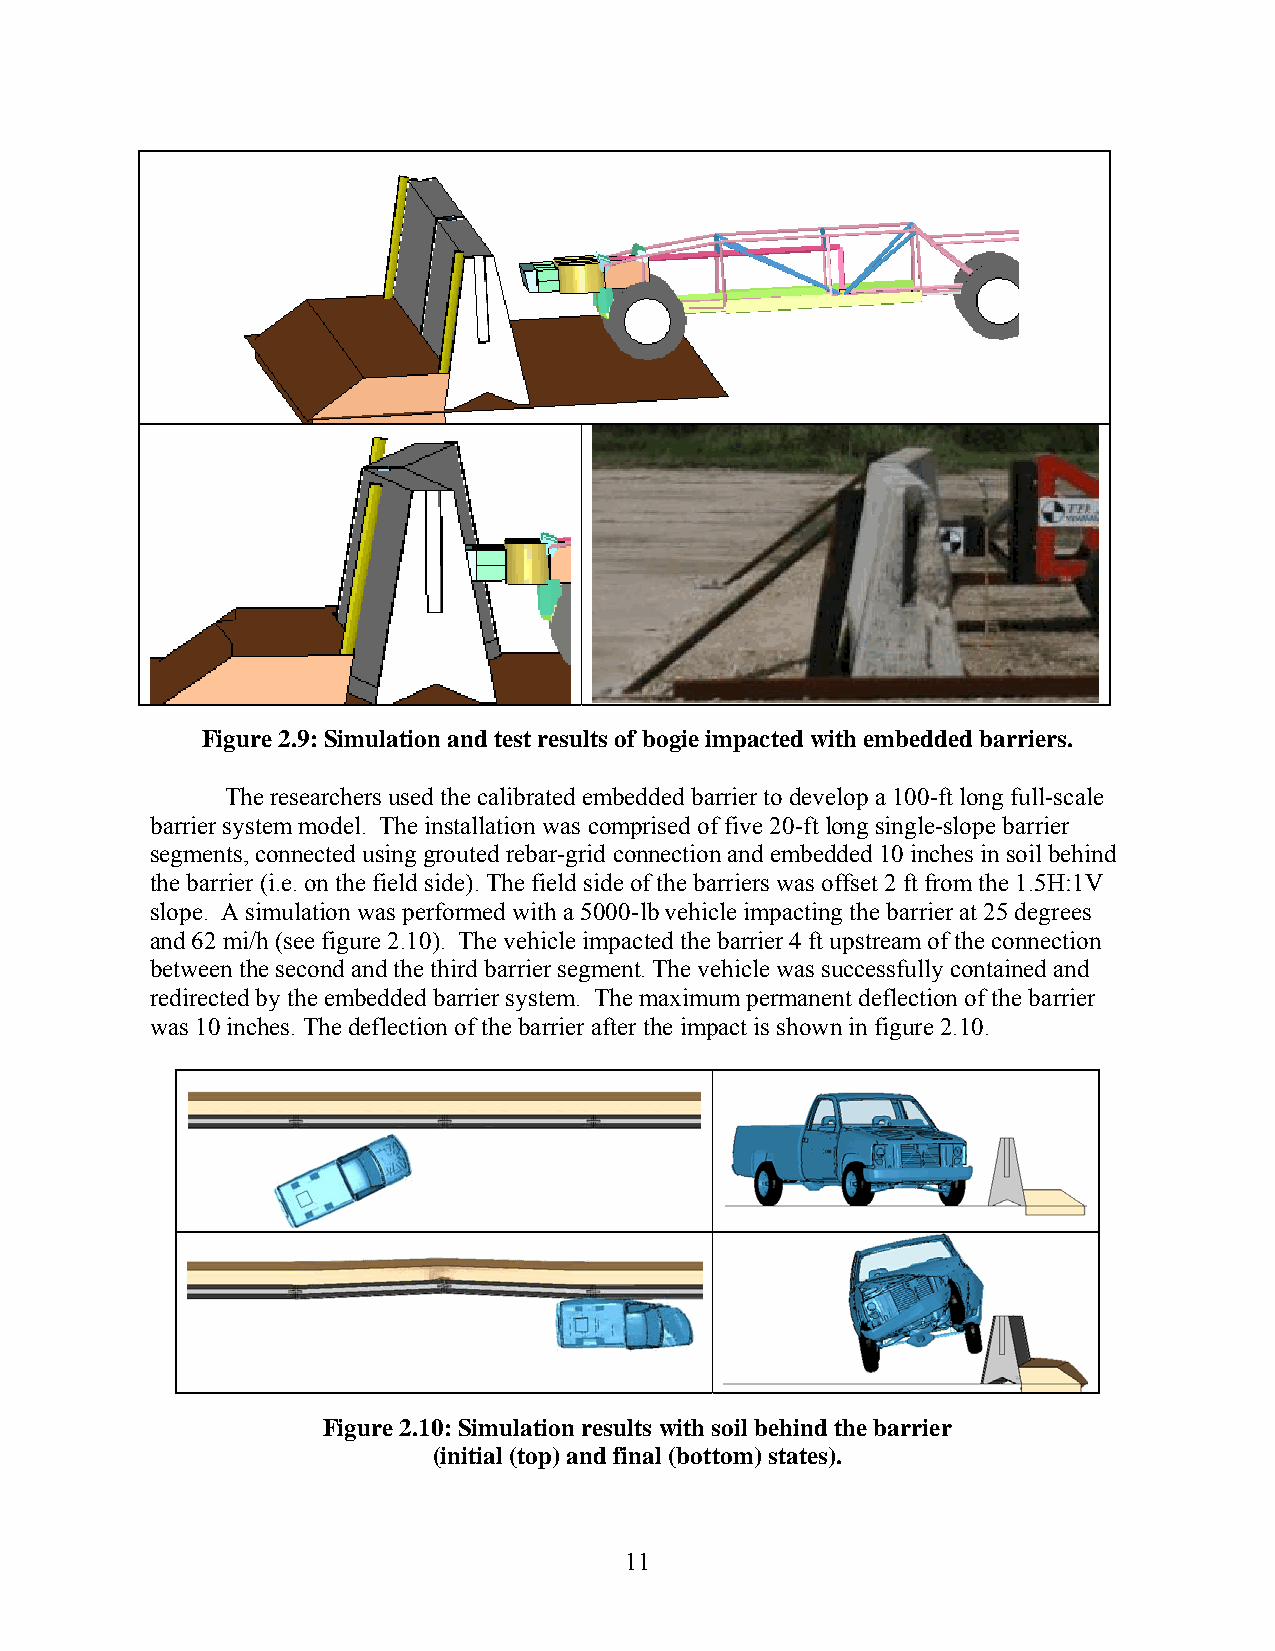
Figure 2.9: Simulation and test results of bogie impacted with embedded barriers.
 The researchers used the calibrated embedded barrier to develop a 100-ft long full-scale
 barrier system model. The installation was comprised of five 20-ft long single-slope barrier
 segments, connected using grouted rebar-grid connection and embedded 10 inches in soil behind
 the barrier (i.e. on the field side). The field side of the barriers was offset 2 ft from the 1.5H:1V
 slope. A simulation was performed with a 5000-lb vehicle impacting the barrier at 25 degrees
 and 62 mi/h (see figure 2.10). The vehicle impacted the barrier 4 ft upstream of the connection
 between the second and the third barrier segment. The vehicle was successfully contained and
 redirected by the embedded barrier system. The maximum permanent deflection of the barrier
 was 10 inches. The deflection of the barrier after the impact is shown in figure 2.10.
 Figure 2.10: Simulation results with soil behind the barrier
 (initial (top) and final (bottom) states).
 11